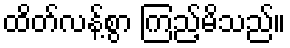
ထိတ်လန့်စွာ ကြည့်မိသည်။